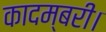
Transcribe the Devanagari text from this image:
कादम्बरी।